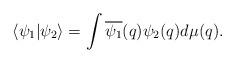
LaTeX: \begin{align*}\langle\psi_{1}|\psi_{2}\rangle=\int\overline{\psi_{1}}(q)\psi_{2}(q)d\mu(q).\end{align*}